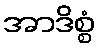
အာဒိစ္စံ